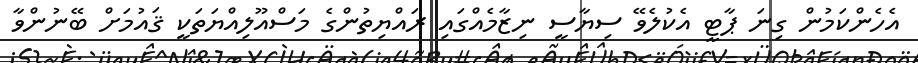
އެހެންކަމުން ގިނަ ޕާޓީ އެކުލެވޭ ސިޔާސީ ނިޒާމެއްގައި ރައްޔިތުންގެ މަސްއޫލިއްޔަތަކީ ޤައުމަށް ބޭނުންވާ